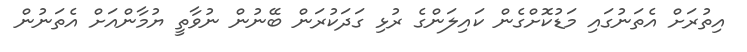
އިތުރަށް އެތަނުގައި މަޑުކޮށްގެން ކައިލަންގެ ރުޅި ގަދަކުރަން ބޭނުން ނުވާތީ ޔުމާންއަށް އެތަނުން